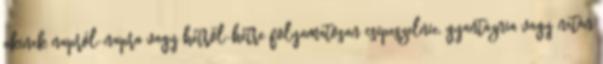
akinek napról-napra vagy hétről-hétre folyamatosan csipeszelnie, gyantáznia vagy netán